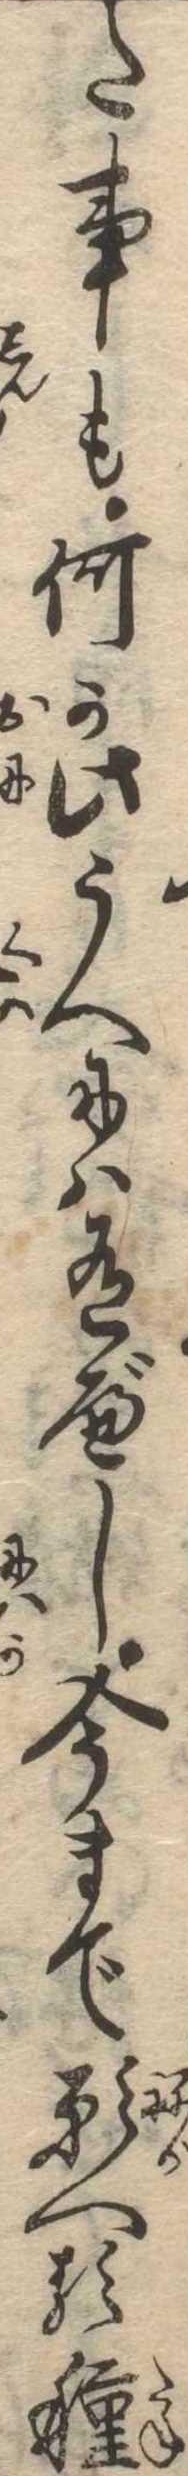
た事も何か此うへには有べし今まで願へる種